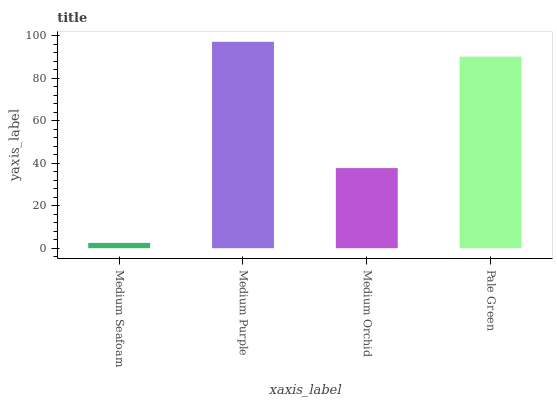
| xaxis_label | bars |
 | --- | --- |
 | Medium Seafoam | 2.51 |
 | Medium Purple | 97.1 |
 | Medium Orchid | 37.7 |
 | Pale Green | 90.2 |